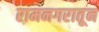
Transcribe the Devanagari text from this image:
रामनगरातून